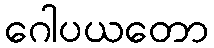
ဂေါပယတော